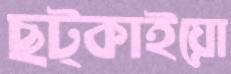
ছট্‌কাইয়ো